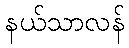
နယ်သာလန်